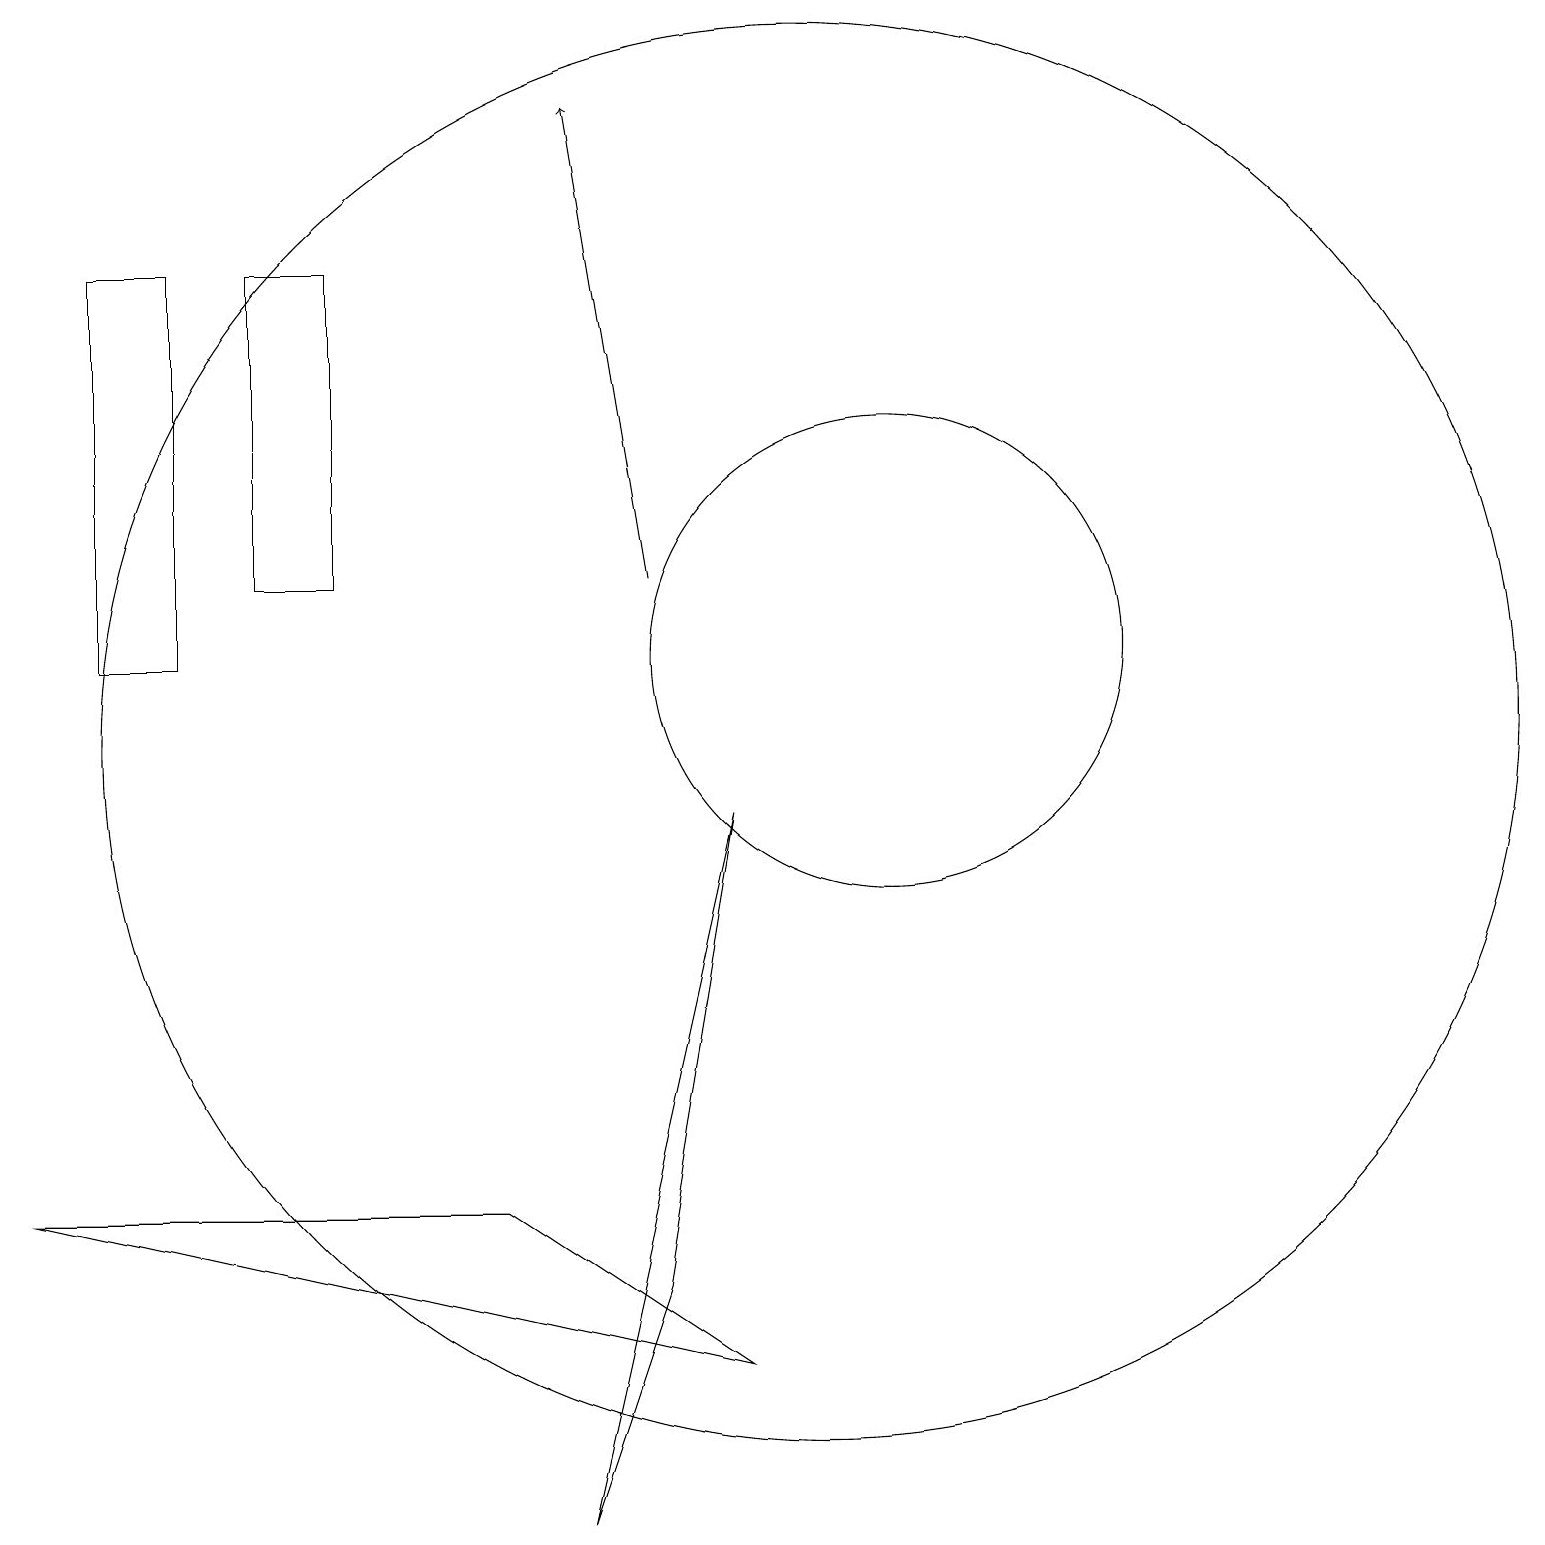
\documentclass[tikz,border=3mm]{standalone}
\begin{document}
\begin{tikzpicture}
\draw[->] (8,12) -- (7,18);
\draw (10,10) circle (9);
\draw (9,9) -- (8,3) -- (7,0) -- cycle;
\draw (6,4) -- (0,4) -- (9,2) -- cycle;
\draw (4,12) rectangle (3,16);
\draw (11,11) circle (3);
\draw (2,16) rectangle (1,11);
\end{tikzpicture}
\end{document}